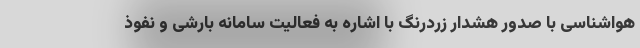
هواشناسی با صدور هشدار زردرنگ با اشاره به فعالیت سامانه بارشی و نفوذ